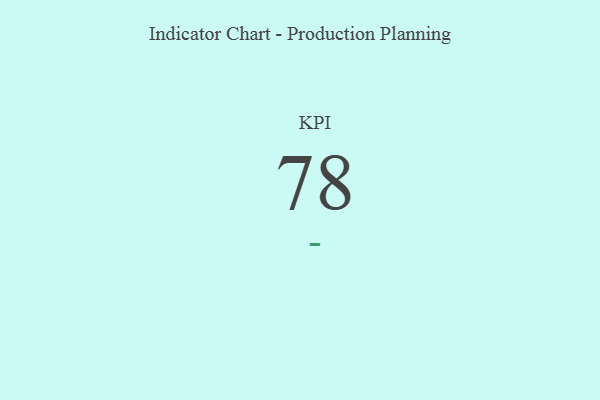
{"axis": {"x": "KPI", "y": "Value"}, "legend": [""], "data": [{"x": "KPI", "y": 78, "type": ""}]}